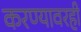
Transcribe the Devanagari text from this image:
करण्यावरही